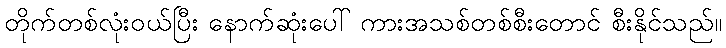
တိုက်တစ်လုံးဝယ်ပြီး နောက်ဆုံးပေါ် ကားအသစ်တစ်စီးတောင် စီးနိုင်သည်။